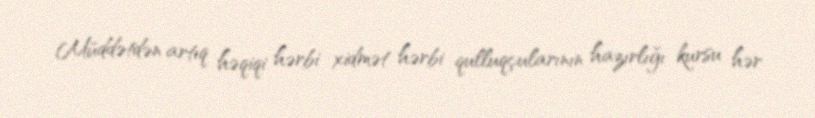
Müddətdən artıq həqiqi hərbi xidmət hərbi qulluqçularının hazırlığı kursu hər